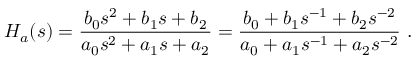
H _ { a } ( s ) = { \frac { b _ { 0 } s ^ { 2 } + b _ { 1 } s + b _ { 2 } } { a _ { 0 } s ^ { 2 } + a _ { 1 } s + a _ { 2 } } } = { \frac { b _ { 0 } + b _ { 1 } s ^ { - 1 } + b _ { 2 } s ^ { - 2 } } { a _ { 0 } + a _ { 1 } s ^ { - 1 } + a _ { 2 } s ^ { - 2 } } } \ .